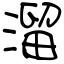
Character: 溜